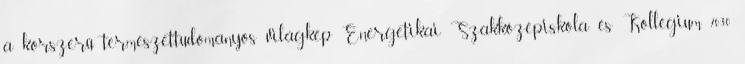
a korszerű természettudományos világkép Energetikai Szakközépiskola és Kollégium 7030